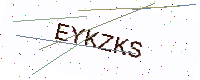
Text: EYKZKS